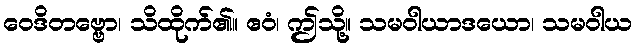
ဝေဒိတဗ္ဗော၊ သိထိုက်၏။ ဧဝံ၊ ဤသို့။ သမဝါယာဒယော၊ သမဝါယ